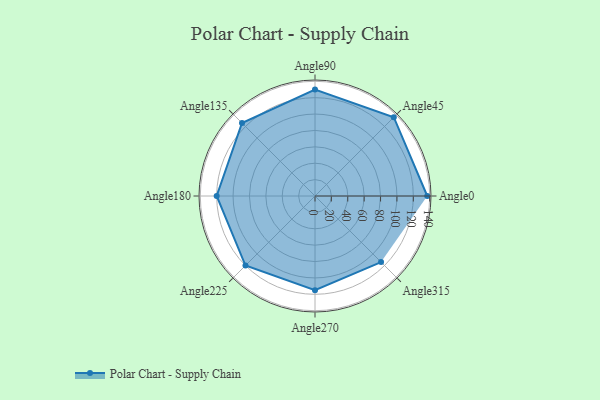
{"axis": {"x": "Angle", "y": "Radius"}, "legend": [""], "data": [{"x": "Angle0", "y": 137.0, "type": ""}, {"x": "Angle45", "y": 136.0, "type": ""}, {"x": "Angle90", "y": 130.0, "type": ""}, {"x": "Angle135", "y": 126.0, "type": ""}, {"x": "Angle180", "y": 120.0, "type": ""}, {"x": "Angle225", "y": 120.0, "type": ""}, {"x": "Angle270", "y": 115.0, "type": ""}, {"x": "Angle315", "y": 114.0, "type": ""}]}